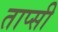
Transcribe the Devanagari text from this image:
ताप्सी